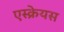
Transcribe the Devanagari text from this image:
एस्क्रेयस